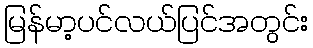
မြန်မာ့ပင်လယ်ပြင်အတွင်း